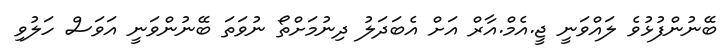
ބޭނުންފުޅުވެ ލައްވަނީ ޖީ.އެމް.އާރް އަށް އެބަދަލު ދިނުމަށްތޯ ނުވަތަ ބޭނުންވަނީ އަވަސް ހަލުވި